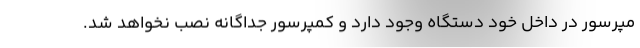
مپرسور در داخل خود دستگاه وجود دارد و کمپرسور جداگانه نصب نخواهد شد.